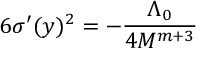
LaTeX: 6 \sigma ^ { \prime } ( y ) ^ { 2 } = - \frac { \Lambda _ { 0 } } { 4 M ^ { m + 3 } }